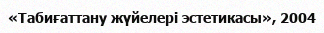
«Табиғаттану жүйелері эстетикасы», 2004